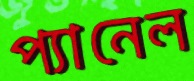
প্যানেল